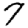
Digit: 7